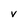
Character: v